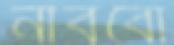
নাববো